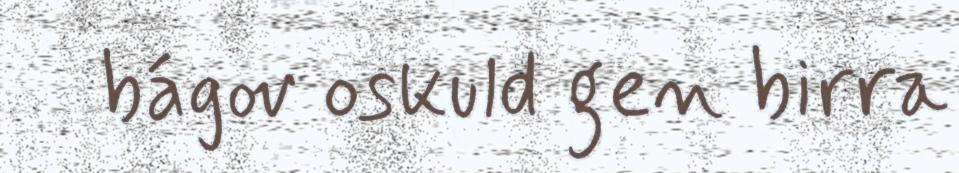
bágov oskuld gen birra